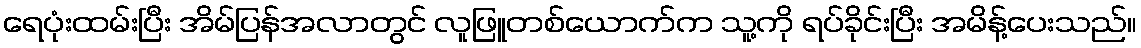
ရေပုံးထမ်းပြီး အိမ်ပြန်အလာတွင် လူဖြူတစ်ယောက်က သူ့ကို ရပ်ခိုင်းပြီး အမိန့်ပေးသည်။